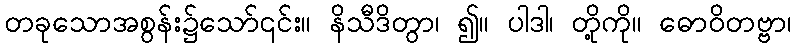
တခုသောအစွန်း၌သော်၎င်း။ နိသီဒိတွာ၊ ၍။ ပါဒါ၊ တို့ကို။ ဓောဝိတဗ္ဗာ၊